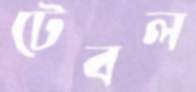
টেবল